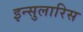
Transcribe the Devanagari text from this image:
इन्सुलारिस